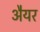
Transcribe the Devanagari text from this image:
अैयर